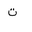
Letter: _ta